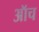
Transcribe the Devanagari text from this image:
ऑच